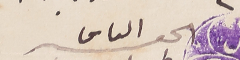
الحقير الياس